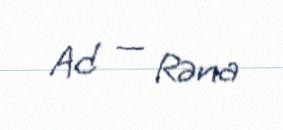
Ad — Rəna